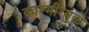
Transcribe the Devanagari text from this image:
काश्मीरमुळे